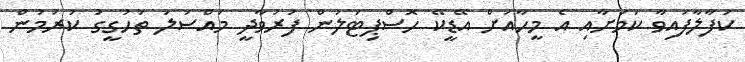
ކަފާލާފައިވާ ކަމަށާއި އެ މީހާއަށް އޭޑީކޭ ހޮސްޕިޓަލުން ފަރުވާދީ މައްސަލަ ތަހުގީގު ކުރަމުން